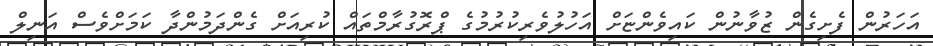
އަހަރުން ފެށިގެން ޒުވާނުން ކައިވެންޏަށް އަހުލުވެރިކުރުމުގެ ޕްރޮގުރާމްތައް ކުރިއަށް ގެންދަމުންދާ ކަމަށްވެސް އަނިލް